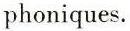
phoniques.